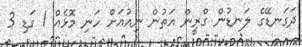
ދަގަނޑޭގެ ލަނޑުން ގްރީން އަތުން ނިއުއަށް ހަނި މޮޅެއް 1 ގަޑި 3